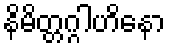
နိမိတ္တဂ္ဂါဟိနော